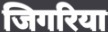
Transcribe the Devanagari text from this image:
जिगरिया